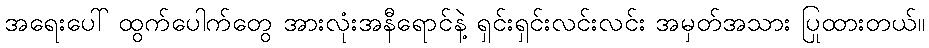
အရေးပေါ် ထွက်ပေါက်တွေ အားလုံးအနီရောင်နဲ့ ရှင်းရှင်းလင်းလင်း အမှတ်အသား ပြုထားတယ်။